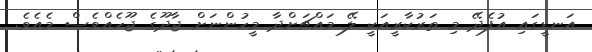
އަނޑީގައި އުފެދޭ މި ތަރުކާރީއަކީ ލޭ މައްޗަށްދާ މީހުންނަށް ޖާދޫގެ ޖޫހެއްވެސް މެއެވެ.